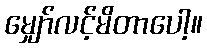
မျှော်လင့်မိတာပေါ့။